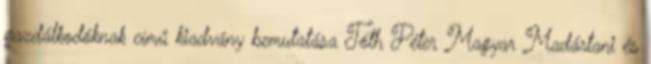
gazdálkodóknak című kiadvány bemutatása Tóth Péter Magyar Madártani és